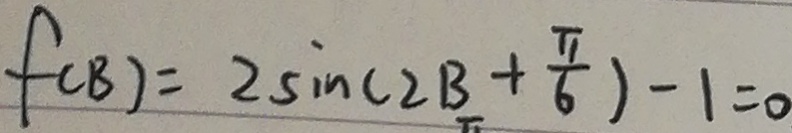
f _ { ( B ) } = 2 \sin ( 2 B + \frac { \pi } { 6 } ) - 1 = 0